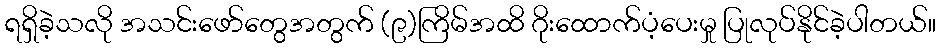
ရရှိခဲ့သလို အသင်းဖော်တွေအတွက် (၉)ကြိမ်အထိ ဂိုးထောက်ပံ့ပေးမှု ပြုလုပ်နိုင်ခဲ့ပါတယ်။